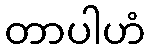
တာပါဟံ